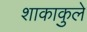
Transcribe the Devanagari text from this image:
शाकाकुले